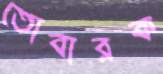
তোবারক